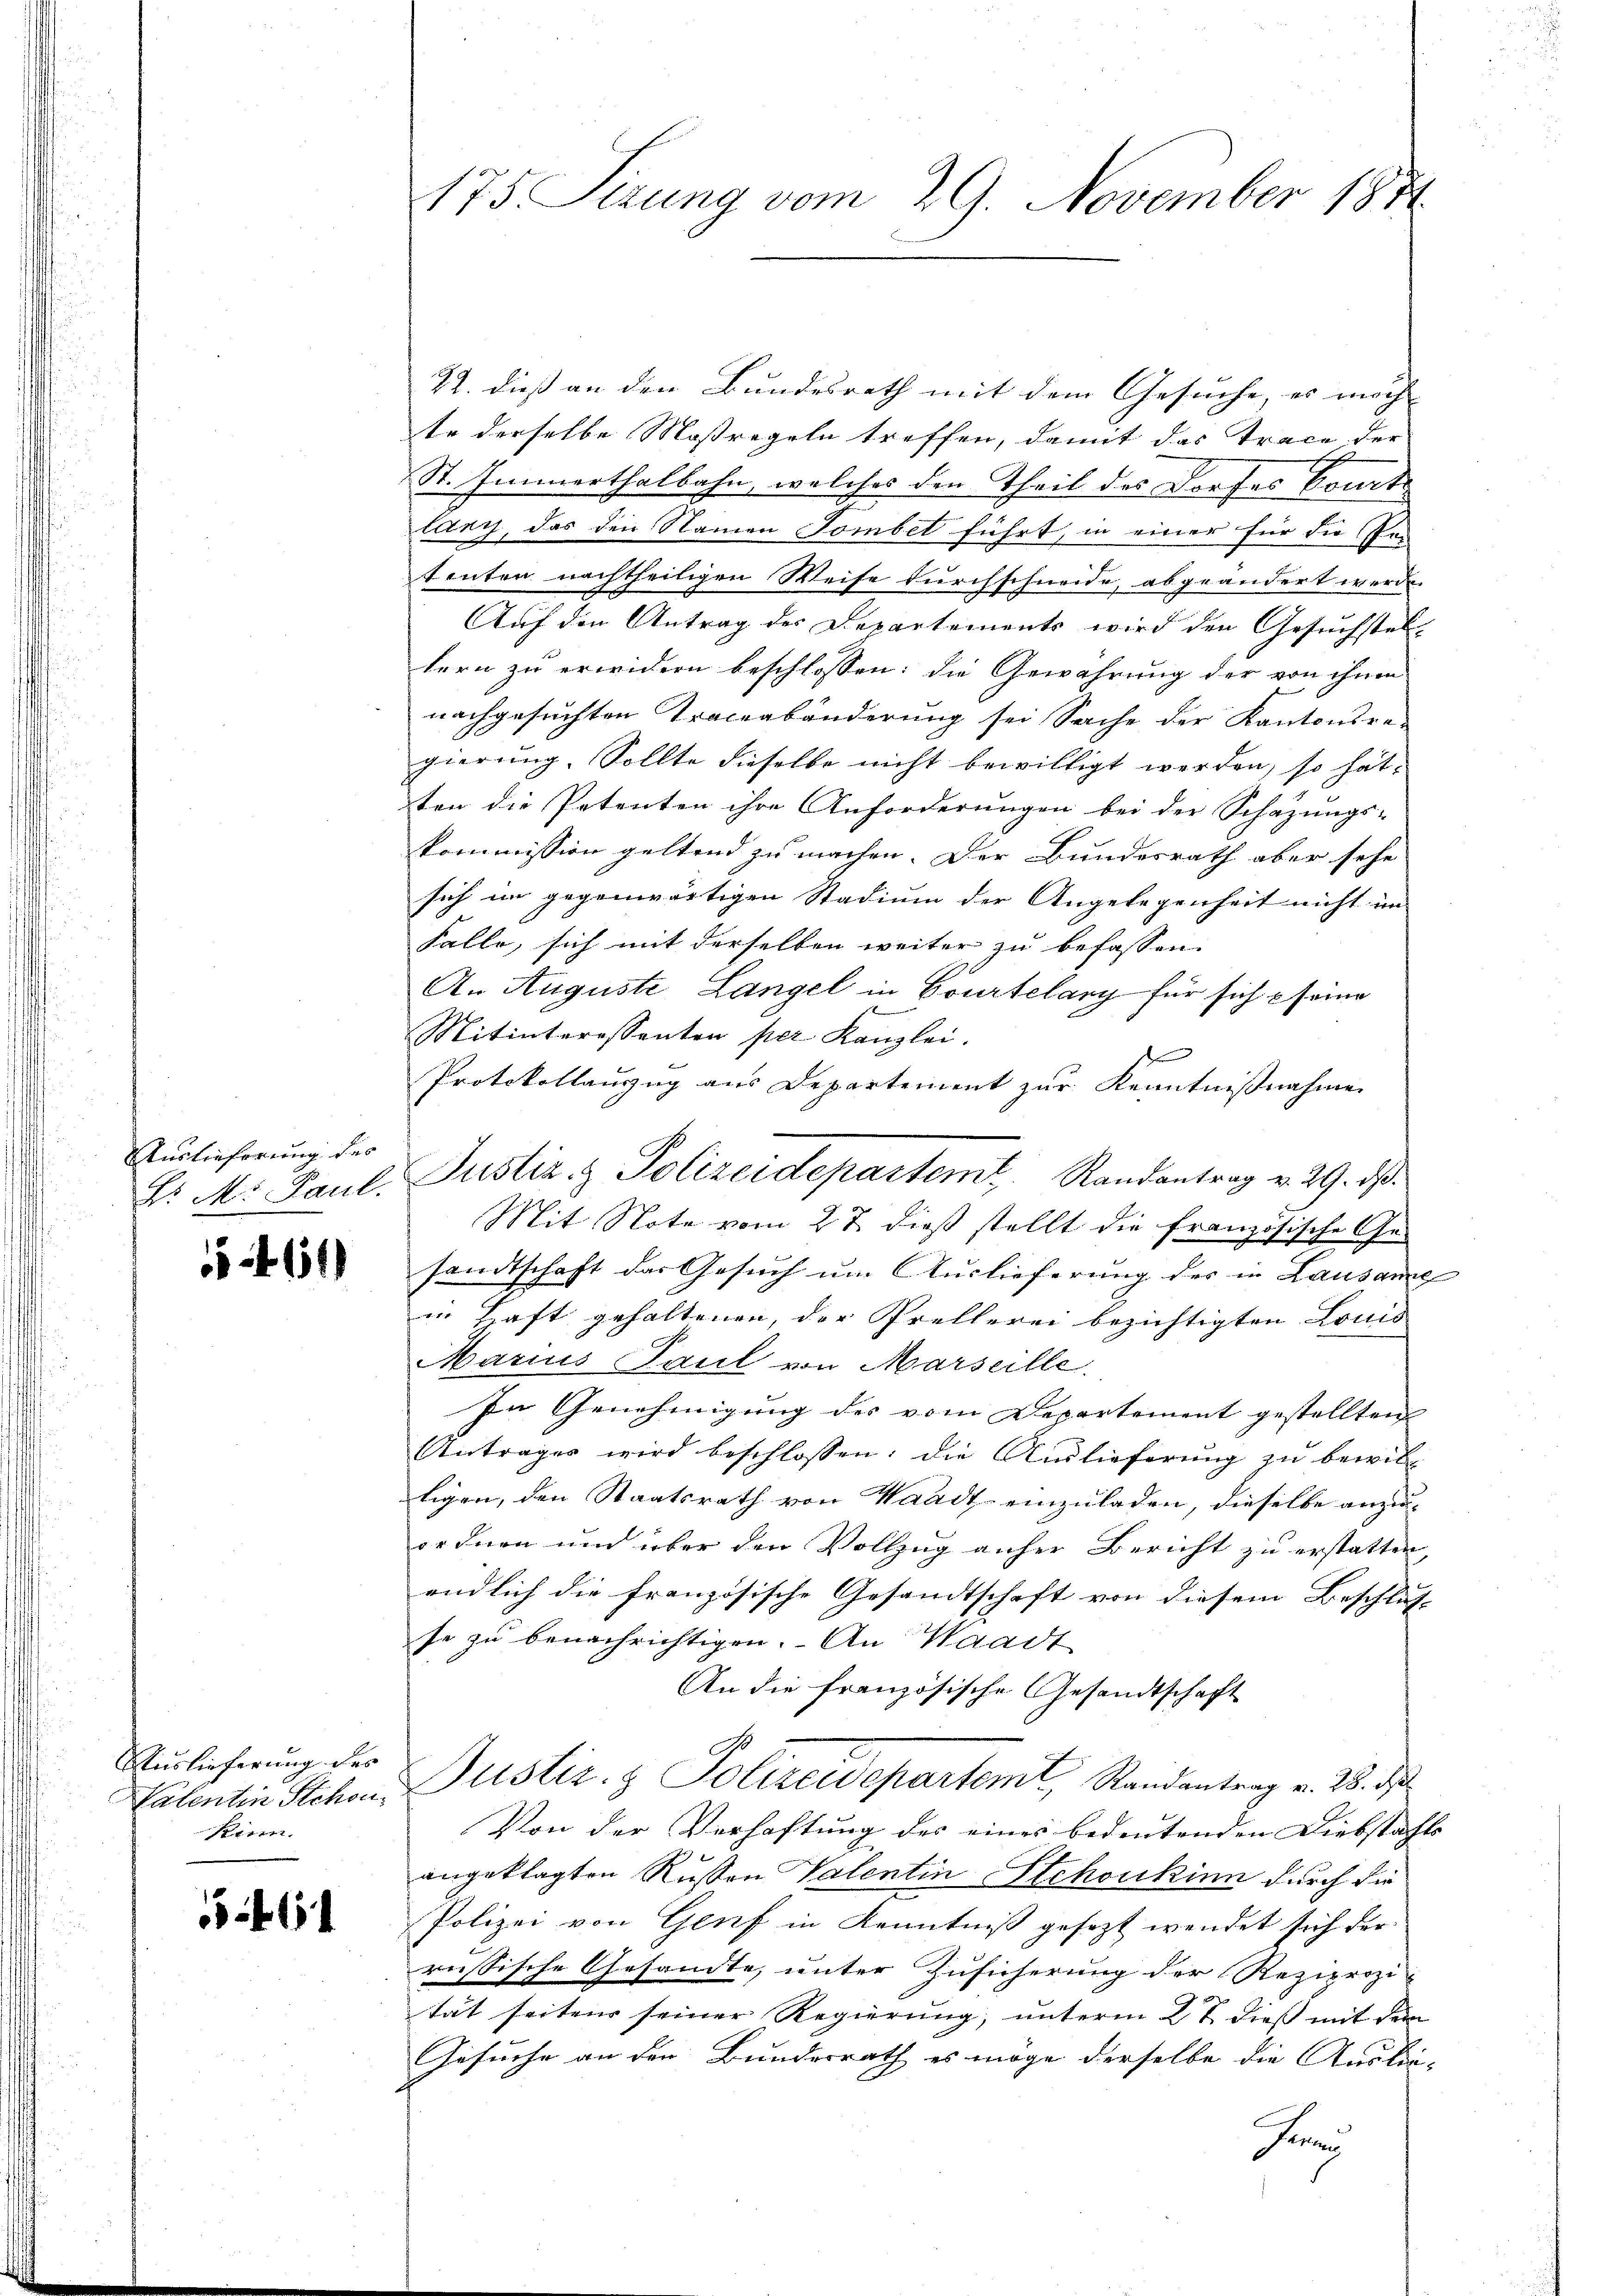
Auslieferung des
. M. Paul.

541)

Auslieferung des
Valentin Schon
Kinn.

461

175. Sizung vom 29. November 1851

22. dieß an den Bundesrath mit dem Gesuche, es mach- |
te derselbe Maßregeln treffen, damit das Trace der
St. Immerthalbahn, welches den Theil des Dorfes Cont
lany, das den Namen Tombet führt, in einer für die Er-
tenten nachtheiligen Weise durchschneide, abgeändert werde.
Auf den Antrag des Departements wird den Gesuchstel-
tern zu erwidern beschlossen: die Gewährung der von ihnen
nachgesuchten Traceabänderung sei Sache der Kantonsre
gierung. Sollte dieselbe nicht bewilligt werden, so hät
ten die Petenten ihre Anforderungen bei der Schazungs-
kommission geltend zu machen. Der Bundesrath aber sehe
sich im gegenwärtigen Stadium der Angelegenheit nicht im
Falle, sich mit derselben weiter zu befassen.
An Auguste Langel in Courtelary für sich seine
Mitinteressanten per Kanzlei.
s
Protokollauszug aus Departement zur Kenntnißnahme
Mit Note vom 27. dieß stellt die französische Gesandtschaft der Gesuch um Auslieferung der in Lausame
in Haft gehaltenen, der Prellerei bezichtigten Louis
Marius Paul von Marseille,
In Genehmigung des vom Departement gestellten |
Antrages wird beschlossen: die Auslieferung zu bewill
tigen, den Staatsrath von Waadt einzuladen, dieselbe anzu-
ordnen und über den Vollzug anher Bericht zu erstatten,
endlich die französische Gesandtschaft von diesem Beschluss- |
se zu benachrichtigen. An Waadt
An die französische Gesandtschaft
Justiz- & Polizeidepartem, Randantrag v. 28. die
Von der Verhaftung des eines bedeutenden Diebstahls
angeklagten Russen Valentin Stchoukinn durch die
Polizei von Genf in Kenntniß gesezt wendet sich der
russische Gesandte, unter Zusicherung der Reziprozi
tät seiten seiner Regierung, unterm 2t dieß mit dem
Gesuche an den Bundesrath es möge derselbe die Auslie¬
Fran

Justiz- & Polizeidepartemt Randantrag v. 29. ds.